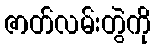
ဇာတ်လမ်းတွဲကို